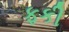
ફકી